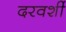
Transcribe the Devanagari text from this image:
दरवर्शी